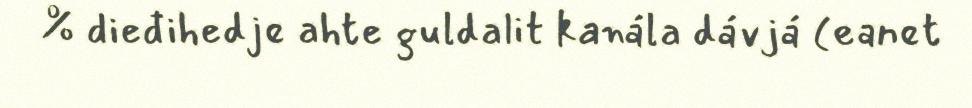
% dieđihedje ahte guldalit kanála dávjá (eanet